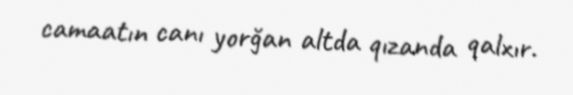
camaatın canı yorğan altda qızanda qalxır.